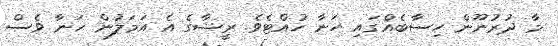
މާ ދުރުނޫން ހިސާބެއްގައި ހަނާ ހުއްޓެވެ. ރީޝާގެ އެ އަމަލުން ހަނާ ވެސް